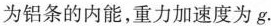
为铝条的内能，重力加速度为g.